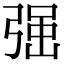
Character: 𭚼